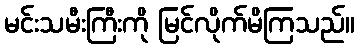
မင်းသမီးကြီးကို မြင်လိုက်မိကြသည်။